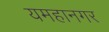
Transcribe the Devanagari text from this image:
यमहानगर